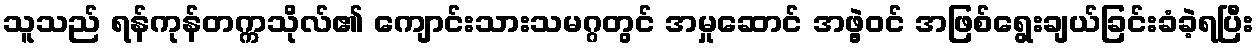
သူသည် ရန်ကုန်တက္ကသိုလ်၏ ကျောင်းသားသမဂ္ဂတွင် အမှုဆောင် အဖွဲ့ဝင် အဖြစ်ရွေးချယ်ခြင်းခံခဲ့ရပြီး